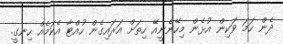
ދެން ހަމަ ވަކިން އުޅެން މިހޭނެނީއޭ ހިތަށް އަރައިގެން ހުއްޓާ އެކަމެއް ހިނގީ.